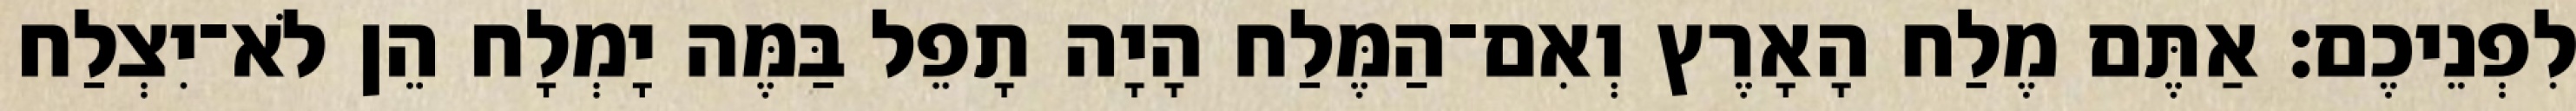
לִפְנֵיכֶם׃ אַתֶּם מֶלַח הָאָרֶץ וְאִם־הַמֶּלַח הָיָה תָפֵל בַּמֶּה יָמְלָח הֵן לֹא־יִצְלַח